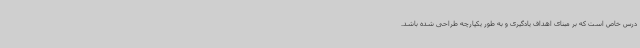
درس خاص است که بر مبنای اهداف یادگیری و به طور یکپارچه طراحی شده باشد.